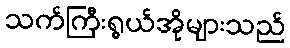
သက်ကြီးရွယ်အိုများသည်